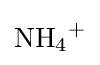
{\mathrm {NH} {\vphantom {A}}_{\smash[{t}]{4}}{\vphantom {A}}^{+}}